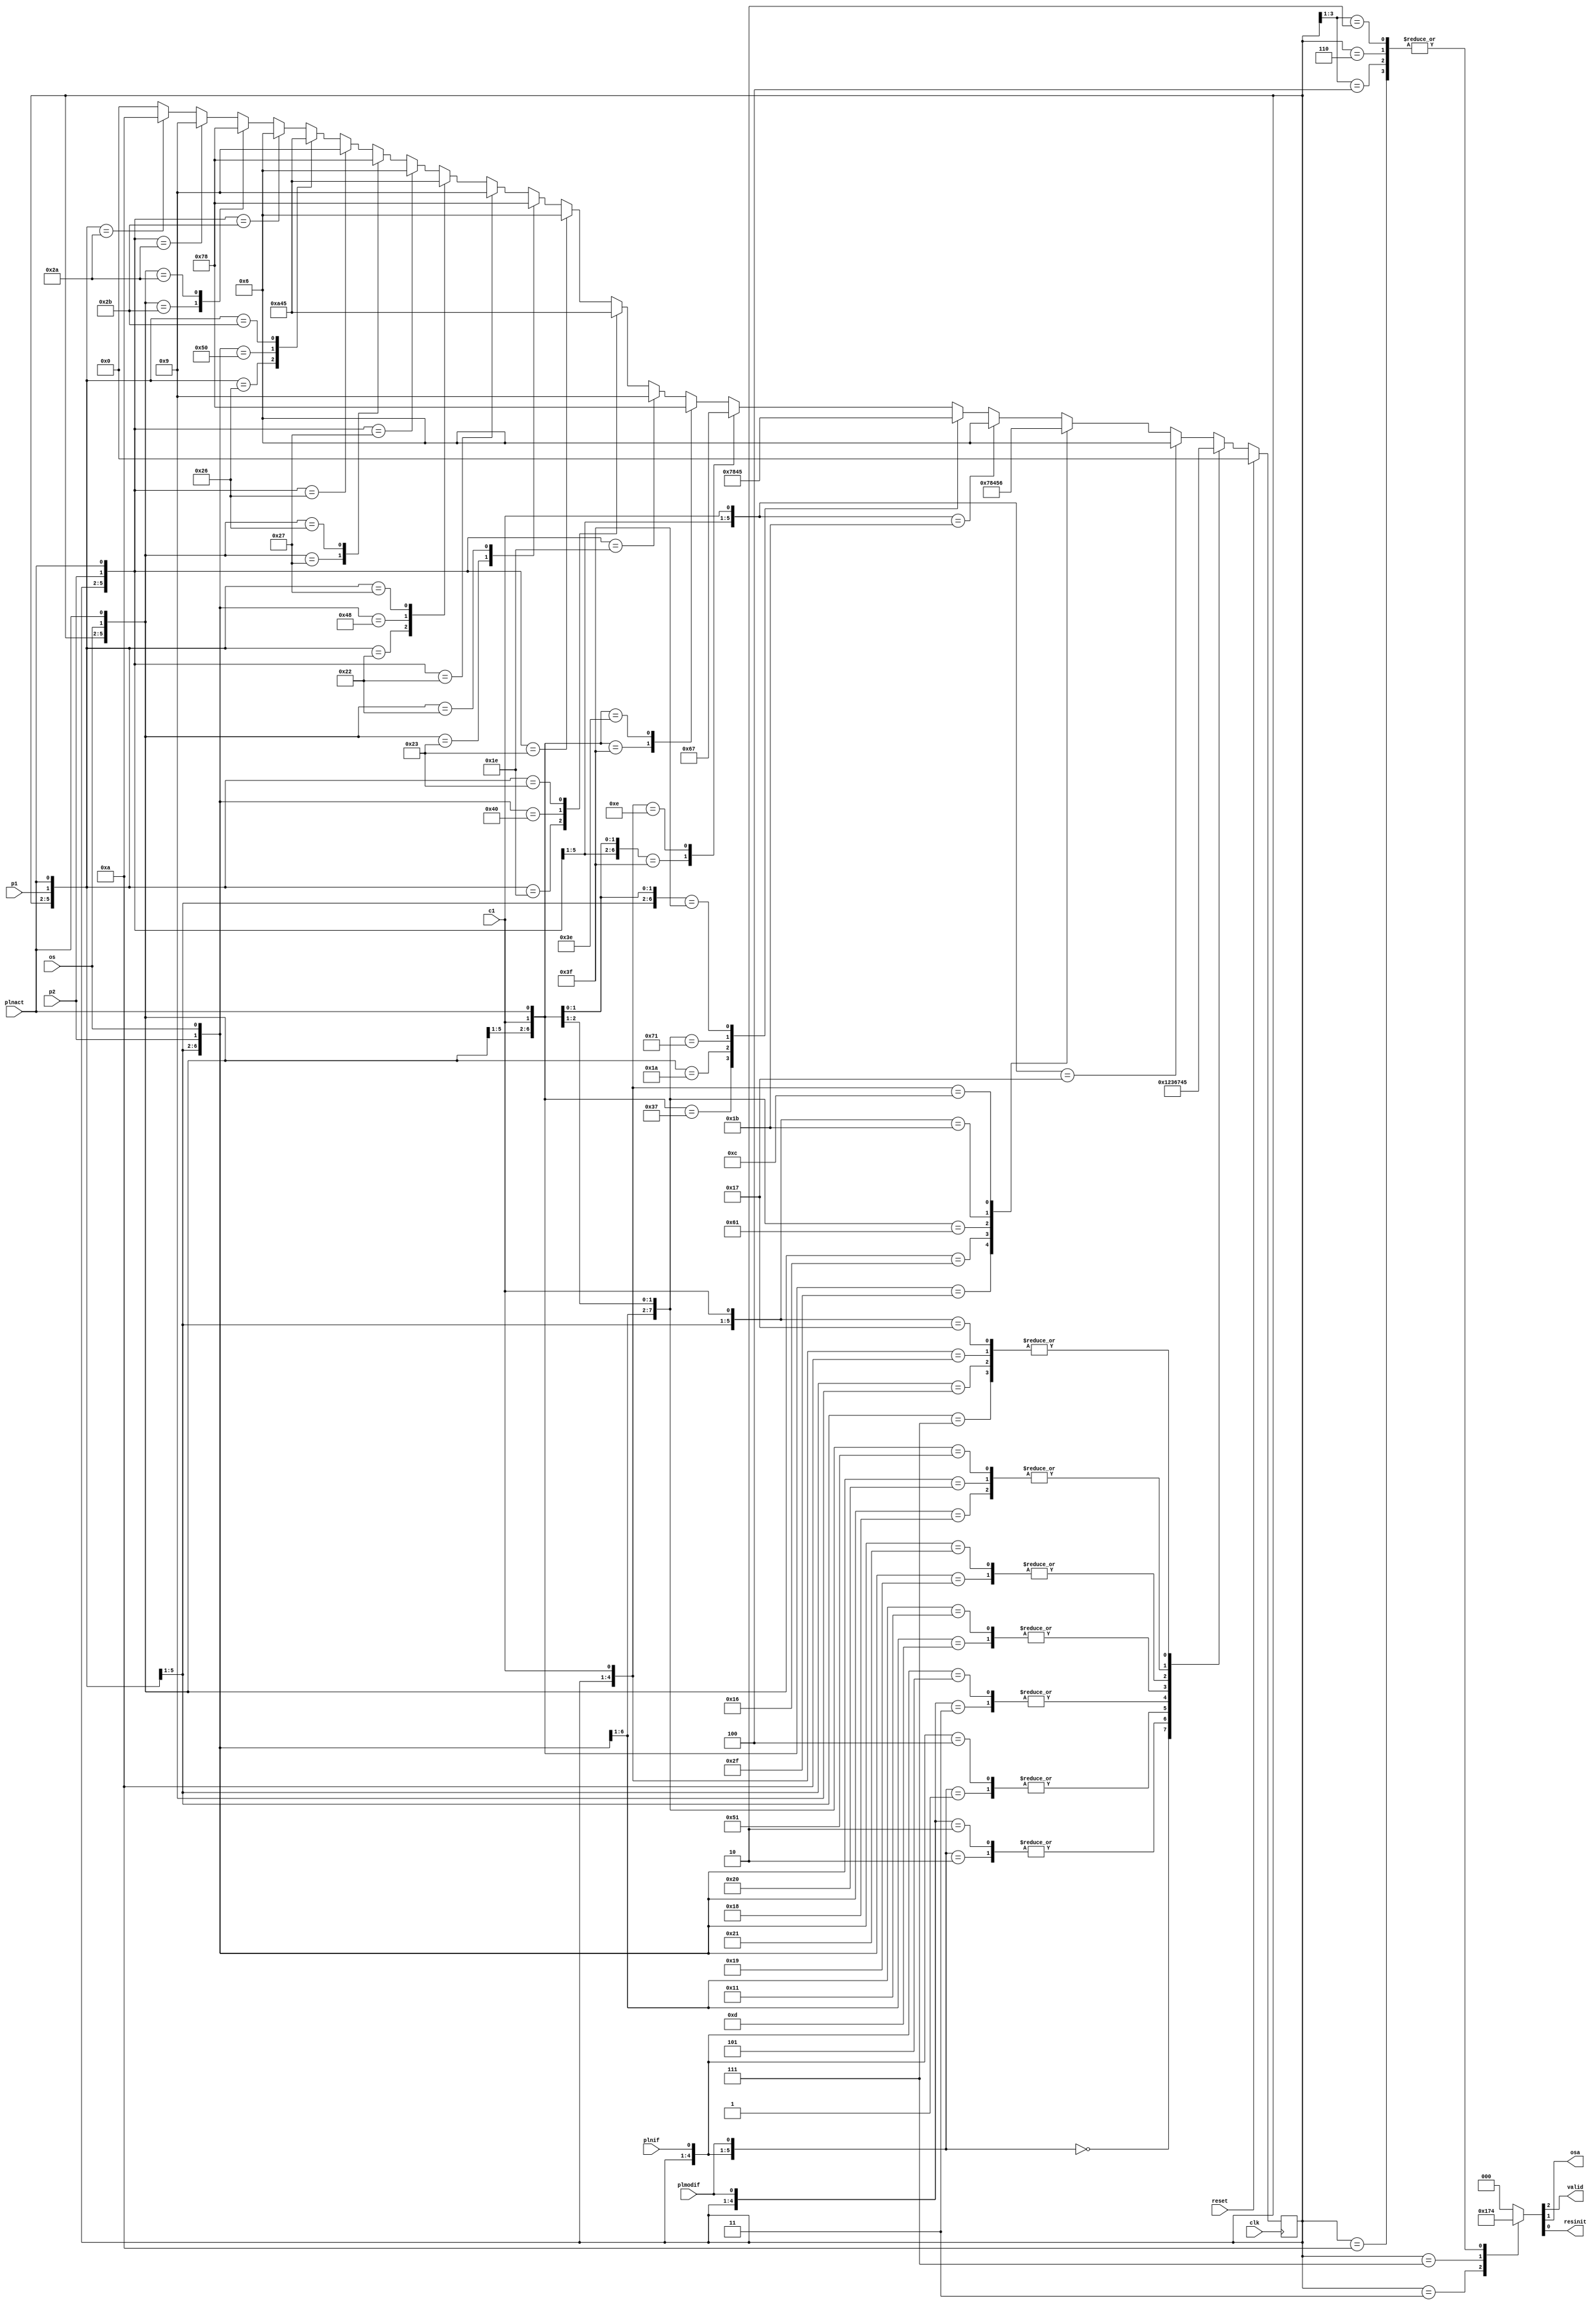
//IN: clk, reset, plnif, plmodif, p1, p2, os, c1, plnact
//OUT: valid, osa, resinit
module CONTROL (clk, reset, plnif, plmodif, p1, p2, os, c1, plnact, valid, osa, resinit);

    input clk, reset, plnif, plmodif, p1, p2, os, c1, plnact;
    output reg valid, osa, resinit;

    wire mod0;
    reg [3:0] cs, ns;

    parameter S0 = 4'b0000;
    parameter S1 = 4'b0001;
    parameter S2 = 4'b0010;
    parameter S3 = 4'b0011;
    parameter S4 = 4'b0100;
    parameter S5 = 4'b0101;
    parameter S6 = 4'b0110;
    parameter S7 = 4'b0111;
    parameter S8 = 4'b1000;
    parameter S9 = 4'b1001;
    parameter S10 = 4'b1010;

    assign mod0 = !(p1 || p2 || os);

    //elemente de memorare a starii curente
    always @(posedge clk)
        if(reset)
            cs <= S0;
        else
            cs <= ns;

    //logica de generare a iesirilor
    always @(cs)
        casex(cs)
            4'b00x0, 4'b0001: {valid, osa, resinit} = 3'b000;
            4'b0011: {valid, osa, resinit} = 3'b101;
            4'b0111: {valid, osa, resinit} = 3'b110;
            4'b010x, 4'b0110, 4'b100x, 4'b1010: {valid, osa, resinit} = 3'b100;
            default: {valid, osa, resinit} = 3'b000;
        endcase

    //logica de generare a starii viitoare
    always @(cs or plnif or plmodif or p1 or p2 or os or c1 or plnact)
        casex({cs, plnif, plmodif, p1, p2, os, c1, plnact})
            12'b0000_00xxxxx: ns = S0;
			12'b0000_10xxxxx: ns = S1;
			12'b0000_01xxxxx: ns = S2;

			12'b0001_x0xxxxx: ns = S1;
			12'b0001_x1xxxxx: ns = S3;

			12'b0010_0xxxxxx: ns = S2;
			12'b0010_1xxxxxx: ns = S3;

			12'b0011_xx1xxxx: ns = S5;
			12'b0011_xx01xxx: ns = S6;
			12'b0011_xx001xx: ns = S7;
			12'b0011_xx000xx: ns = S4;

			12'b0100_xx1xxxx: ns = S5;
			12'b0100_xx01xxx: ns = S6;
			12'b0100_xx001xx: ns = S7;
			12'b0100_xx000xx: ns = S4;

            12'b0101_xx0001x: ns = S4;
			12'b0101_xxxxx0x: ns = S5;
			12'b0101_xx1xx1x: ns = S5; // ~c1 + c1p1
			12'b0101_xxx1x1x: ns = S6;
			12'b0101_xxxx111: ns = S7;
			12'b0101_xxxx1x0: ns = S8;

            12'b0110_xx0001x: ns = S4;
			12'b0110_xx1xx1x: ns = S5;
			12'b0110_xxxxx0x: ns = S6;
			12'b0110_xxx1x1x: ns = S6;
			12'b0110_xxxx111: ns = S7;
			12'b0110_xxxx1x0: ns = S8;

            12'b0111_xx0001x: ns = S4;
			12'b0111_xx1xx11: ns = S5;
			12'b0111_xxx1x11: ns = S6;
			12'b0111_xxxxx0x: ns = S7;
			12'b0111_xxxx111: ns = S7;
			12'b0111_xxxx110: ns = S8;
			12'b0111_xxx1xx0: ns = S9;
			12'b0111_xx1xxx0: ns = S10;

            12'b1000_xx000xx: ns = S4;
			12'b1000_xx1xxx1: ns = S5;
			12'b1000_xxx1xx1: ns = S6;
			12'b1000_xxxx1x1: ns = S7;
			12'b1000_xxxx1x0: ns = S8;
			12'b1000_xxx1xx0: ns = S9;
			12'b1000_xx1xxx0: ns = S10;

            12'b1001_xx000xx: ns = S4;
			12'b1001_xx1xxx1: ns = S5;
			12'b1001_xxx1xx1: ns = S6;
			12'b1001_xxxx1x1: ns = S7;
			12'b1001_xxxx1x0: ns = S8;
			12'b1001_xxx1xx0: ns = S9;
			12'b1001_xx1xxx0: ns = S10;

			12'b1010_xx000xx: ns = S4;
			12'b1010_xx1xxx1: ns = S5;
			12'b1010_xxx1xx1: ns = S6;
			12'b1010_xxxx1x1: ns = S7;
			12'b1010_xxxx1x0: ns = S8;
			12'b1010_xxx1xx0: ns = S9;
			12'b1010_xx1xxx0: ns = S10;

            default: ns = S0;
        endcase

endmodule